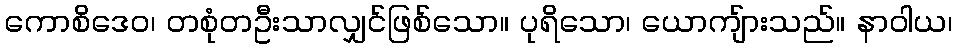
ကောစိဒေဝ၊ တစုံတဦးသာလျှင်ဖြစ်သော။ ပုရိသော၊ ယောကျ်ားသည်။ နာဝါယ၊